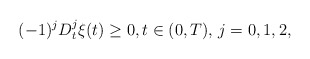
\begin{align*} (-1)^jD_t^j\xi(t)\ge 0,t\in (0,T),\,j=0,1,2,\end{align*}